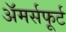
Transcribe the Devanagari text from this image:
अॅमर्सफूर्ट